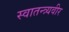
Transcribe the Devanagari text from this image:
स्वातन्त्र्यवीर